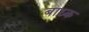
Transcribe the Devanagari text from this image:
बाध्‍क